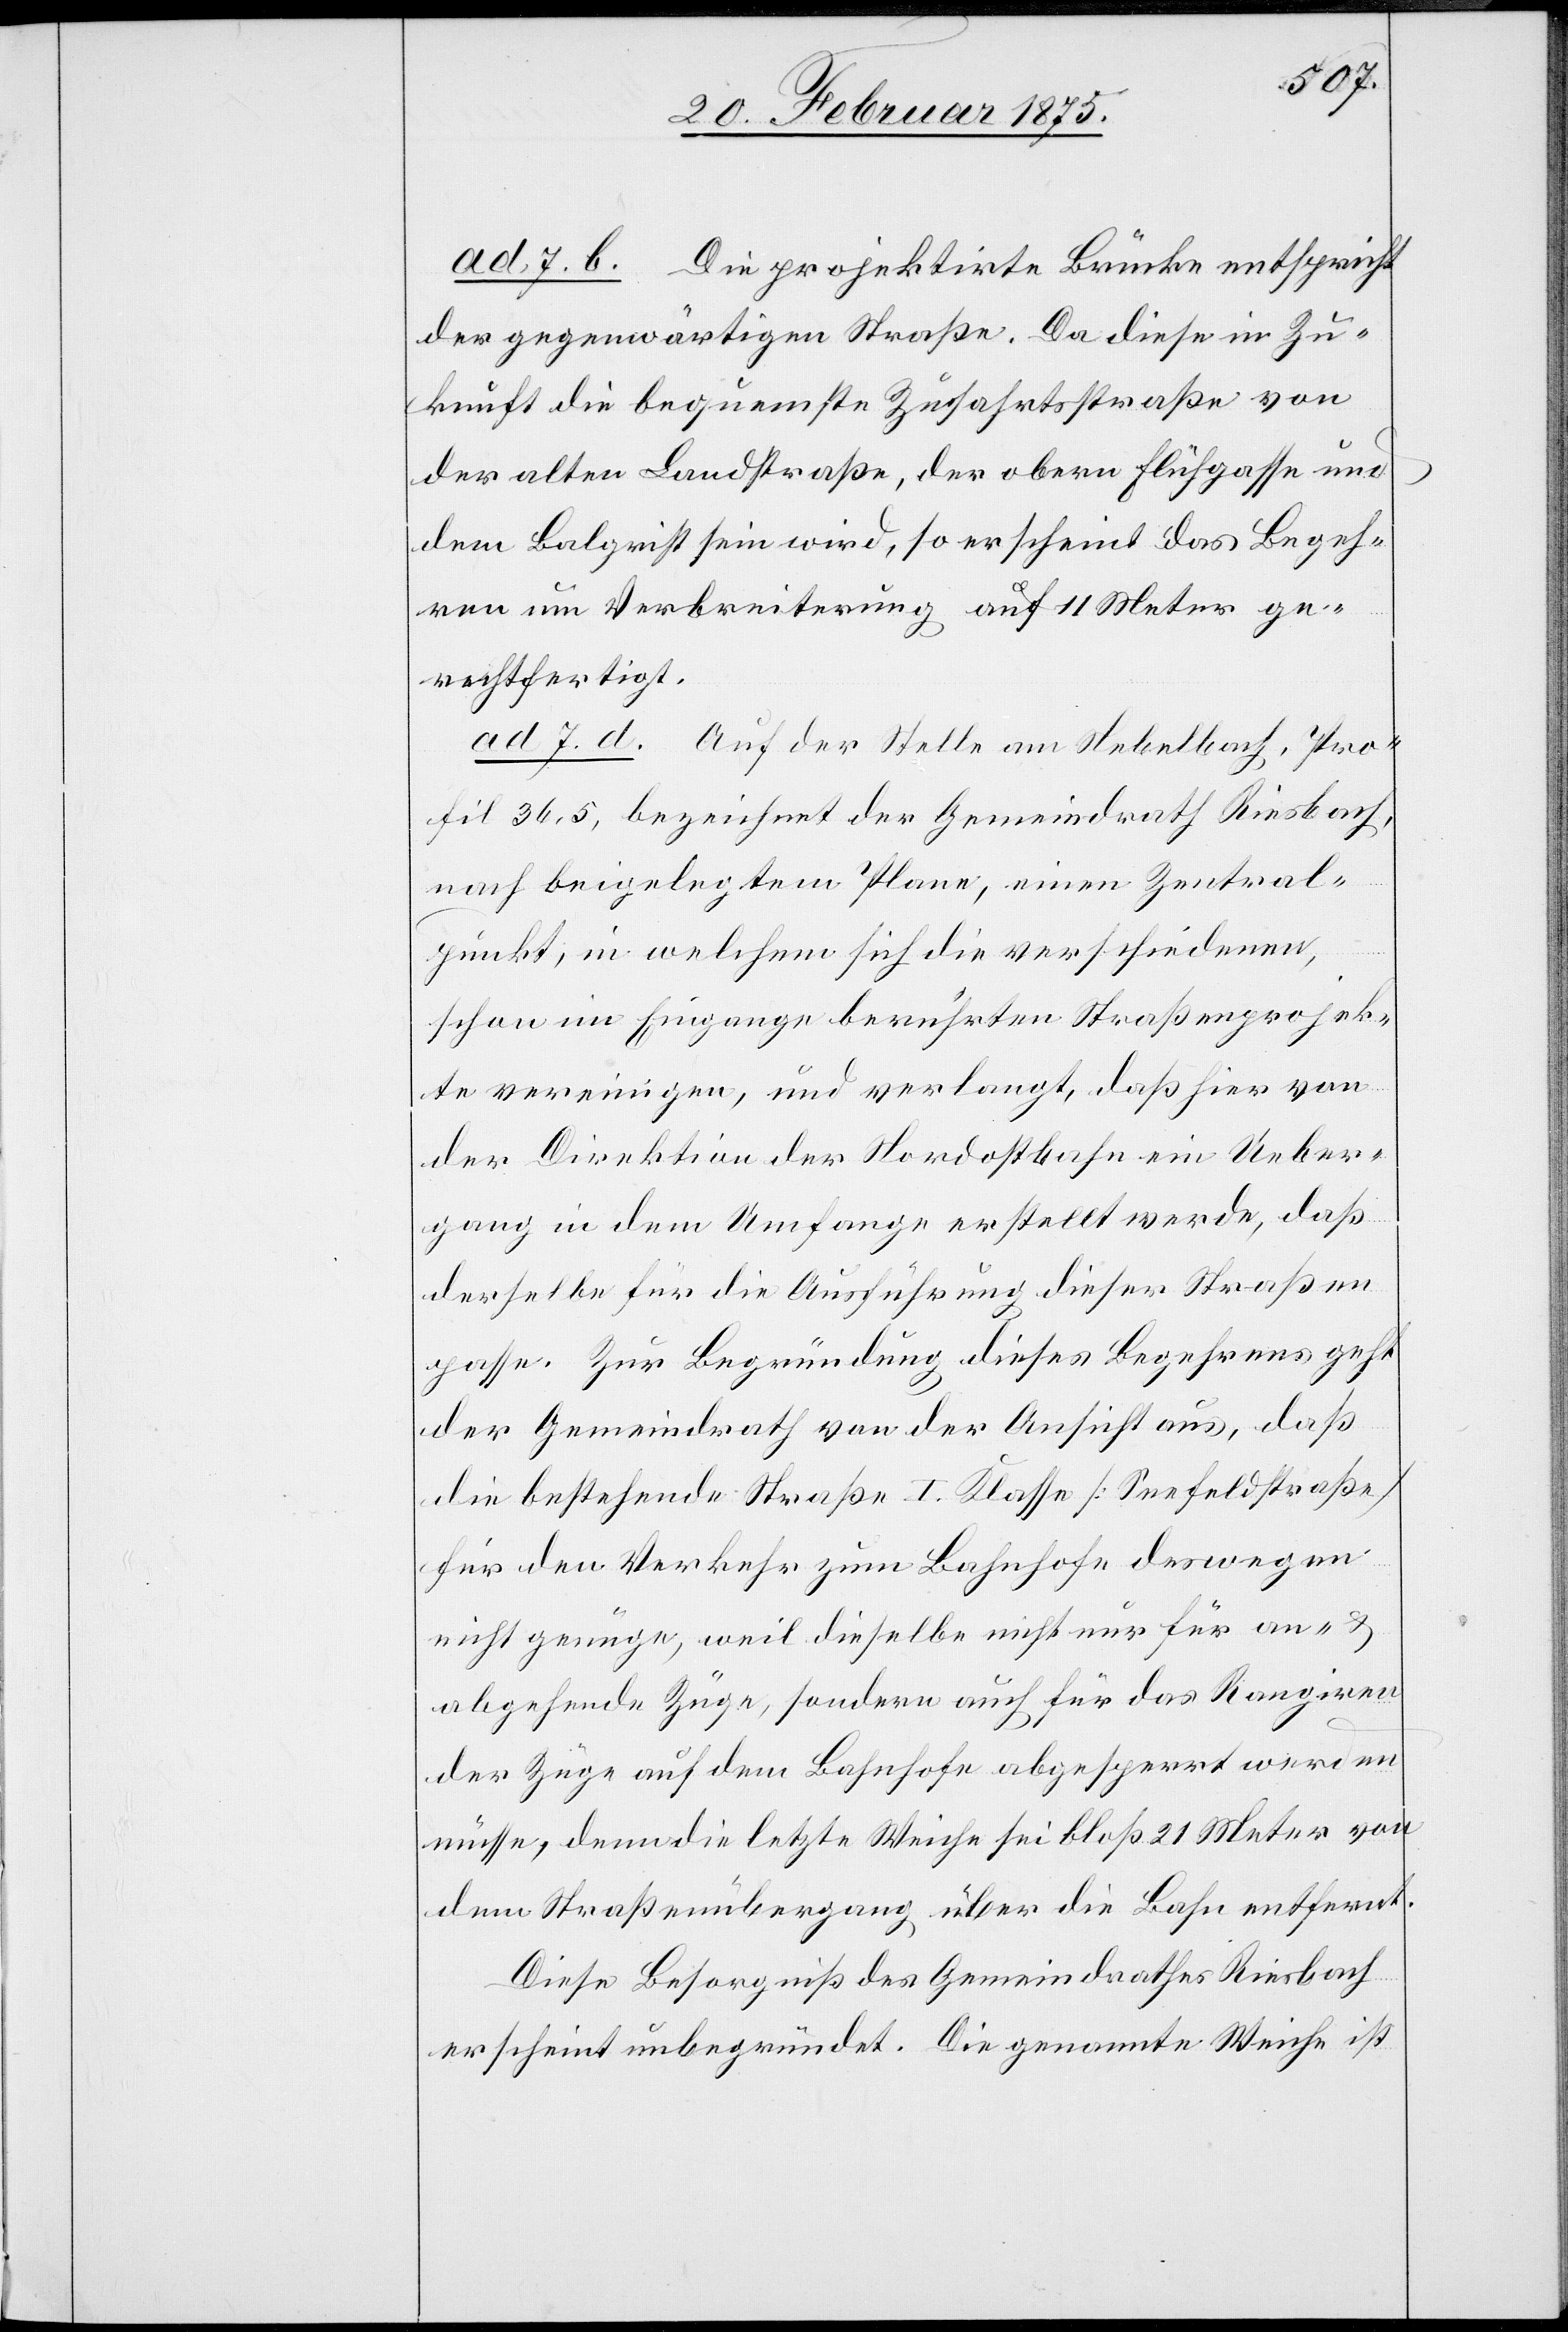
ad 7. b. Die projektirte Brücke entspricht
der gegenwärtigen Straße. Da diese in Zu¬
kunft die bequemste Zufahrtsstraße von
der alten Landstraße, der obern Flühgasse und
dem Balgrist sein wird, so erscheint das Begeh¬
ren um Verbreiterung auf 11 Meter ge¬
rechtfertigt.
ad 7. d. Auf der Stelle am Nebelbach, Pro¬
fil 36,5, bezeichnet der Gemeindrath Riesbach,
nach beigelegtem Plane, einen Zentral¬
punkt, in welchem sich die verschiedenen,
schon im Eingange berührten Straßenprojek¬
te vereinigen, und verlangt, daß hier von
der Direktion der Nordostbahn ein Ueber¬
gang in dem Umfange erstellt werde, daß
derselbe für die Ausführung dieser Straßen
passe. Zur Begründung dieses Begehrens geht
der Gemeindrath von der Ansicht aus, das
die bestehende Straße I. Klasse [Seefeldstraße]
für den Verkehr zum Bahnhofe deswegen
nicht genüge, weil dieselbe nicht nur für an- u.
abgehende Züge, sondern auch für das Rangiren
der Züge auf dem Bahnhofe abgesperrt werden
müsse, denn die letzte Weiche sei bloß 21 Meter von
dem Straßenübergang über die Bahn entfernt.
Diese Besorgniß des Gemeindrathes Riesbach
erscheint unbegründet. Die genannte Weiche ist